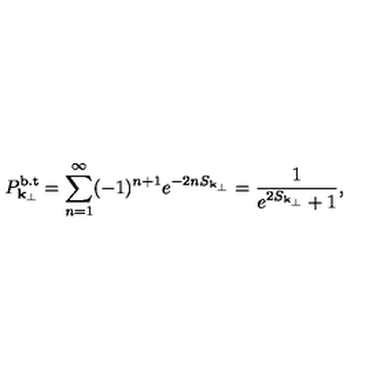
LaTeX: P _ { { \bf k } _ { \perp } } ^ { \mathrm { b . t } } = \sum _ { n = 1 } ^ { \infty } ( - 1 ) ^ { n + 1 } e ^ { - 2 n S _ { { \bf k } _ { \perp } } } = \frac { 1 } { e ^ { 2 S _ { { \bf k } _ { \perp } } } + 1 } ,